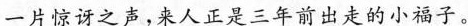
一片惊讶之声，来人正是三年前出走的小福子。